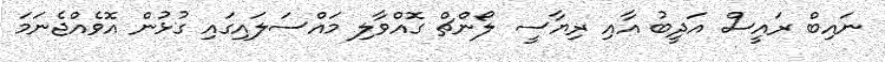
ނައިބް ރައީސް އަދީބު އާއި ރިޔާސީ ލޯންޗް ގޮއްވާލި މައްސަލައިގައި ގުޅުން އޮވެއްޖެނަމަ